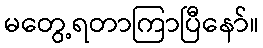
မတွေ့ရတာကြာပြီနော်။